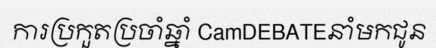
ការប្រកួតប្រចាំឆ្នាំ CamDEBATEនាំមកជូន